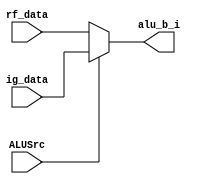
module RF_ALU_MUX

(
        input wire               ALUSrc,
        input wire [31:0]       rf_data,
        input wire [31:0]       ig_data,
        output wire [31:0]       alu_b_i
);

    assign alu_b_i = (ALUSrc == 1) ? ig_data : rf_data;

endmodule